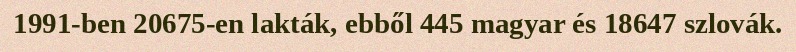
1991-ben 20675-en lakták, ebből 445 magyar és 18647 szlovák.